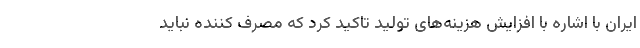
ایران با اشاره با افزایش هزینه‌های تولید تاکید کرد که مصرف کننده نباید